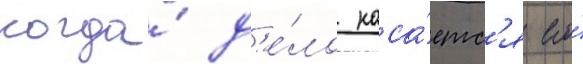
когда́ д'е́ло каса́етс'я его́